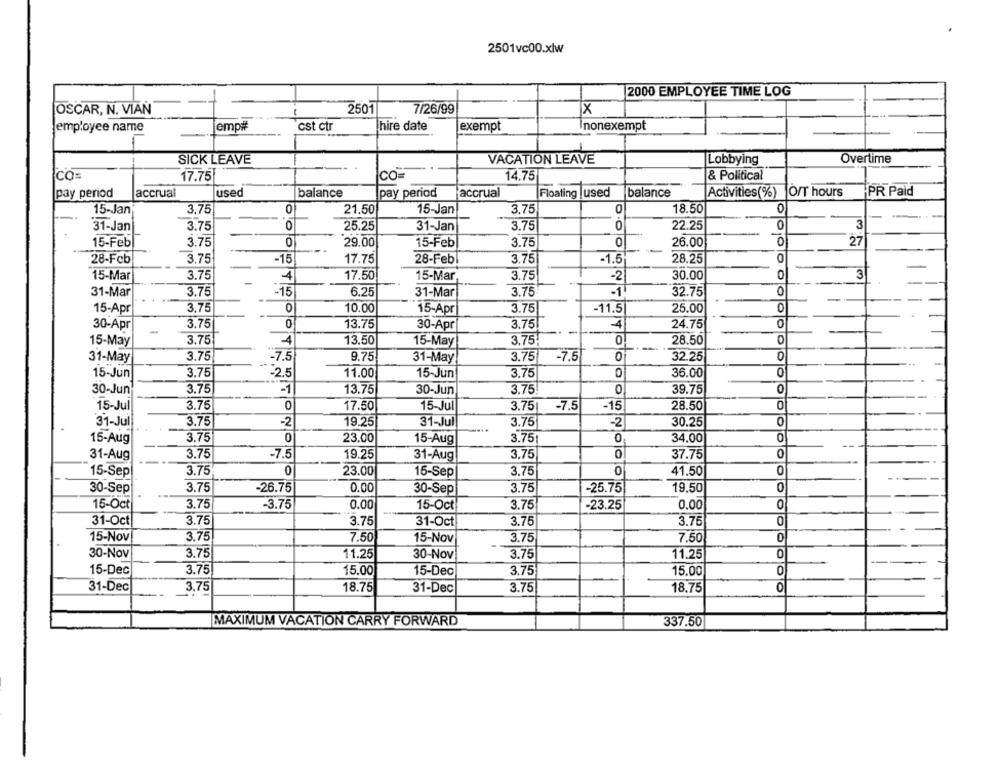
2501vc00.xlw
2000 EMPLOYEE TIME LOG
OSCAR, N. VIAN
2501
7/26/99
X
employee name
emp##
cst ctr
hire date
exempt
nonexempt
SICK LEAVE
VACATION LEAVE
Lobbying
Overtime
CO=
17.75
CO=
14.75
& Political
accrual
used
balance
pay period
accrual
Floating |used
balance
Activities(%) O/T hours
PR Paid
pay period
0
15-Jan
3.75
0
21.50
15-Jan
3,75
18.50
31-Jan
3.75
0
25.25
31-Jan
3.75
0
22.25
0
3
15-Feb
3.75
0
29.00
15-Feb
3.75
0
26.00
0
27
28-Fcb
3.75
-15
17.75
28-Feb!
3.75
-1.5
28.25
0
3.75
-4
17.50
15-Mar
3.75
-2
30.00
0
3
15-Mar
31-Mar
3.75
0
31-Mar
3.75
6.25
-1
32.75
0
3.75
0
15-Apr
3,75
10.00
15-Apr
-11.5
25.00
0
0
30-Apr
3.75
13.75
30-Apr
3.75
-4
24.75
15-May
3.75
-4
13.50
15-May
3.75
0
28.50
31-May
3.75
-7.5
9.75
31-May
3.75
-7.5
0
32.25
0
15-Jun
3.75
:25
11.00
15-Jun
3.75
0
36.00
0
30-Jun
3.75
-1
13.75
30-Jun
3.75
0
39.75
0
15-Jul
3.75
0
17.50
3.75|
-7.5
-15
28.50
0
15-Jul
3.75
-2
19.25
31-Jul
3.75
30.25
0
31-Jul
-2
3.75
23.00
0
15-Aug
0
15-Aug
3.75
0
34.00
31-Aug
3.75
-7.5
19.25
31-Aug
3.75
0
37.75
15-Sep
3.75
0
23.00
15-Sep
3.75
0
41.50
0
30-Sep
3.75
-26.75
0.00
30-Sep
3.75
-25.75
19.50
0
15-Oct
3.75
-3.75
0.00
15-Oct
3.75
-23.25
0,00
0
31-Oc
3.75
3.75
3.75
3.75
0
31-Oct
15-Nov
3.75
7.50
3.75
7.50
0
15-Nov
0
30-Nov
3.75
11.25
30-Nov
3.75
11.25
15-Dec
3.75
15.00
15-Dec
3.75
15.00
0
31-Dec
3,75
18.75
31-Dec
3.75
18.75
0
MAXIMUM VACATION CARRY FORWARD
337.50